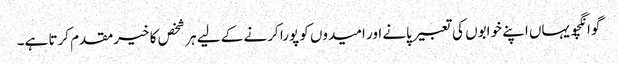
گوانگچو یہاں اپنے خوابوں کی تعبیر پانے اور امیدوں کو پورا کرنے کے لیے ہر شخص کا خیرمقدم کرتا ہے۔